Indian journal of veterinary science and animal husbandry - Volumes 15-17, 1948-1951
Year: 1948
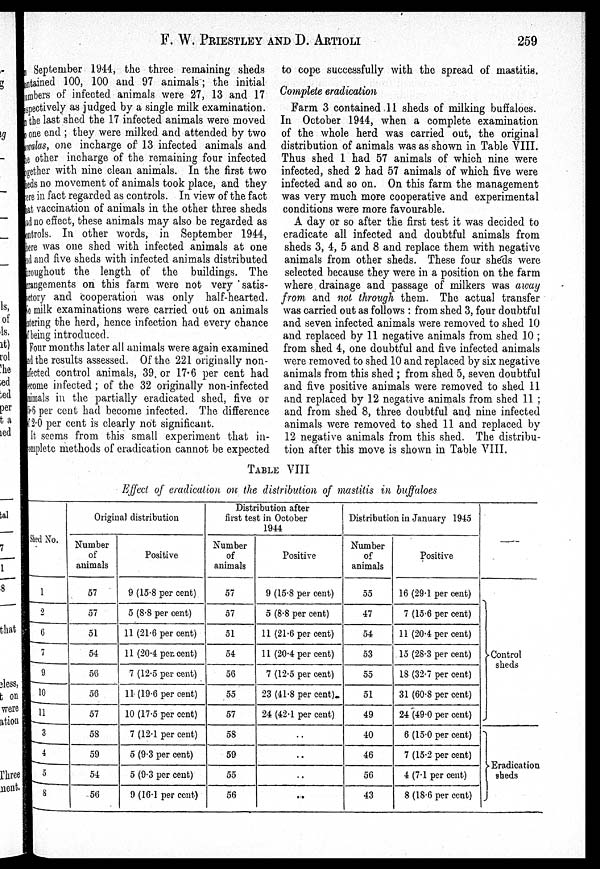
F. W.
PRIESTLEY
AND
D.
ARTIOLI
259
September 1944, the three remaining sheds
ontained 100, 100 and 97 animals; the initial
umbers of infected animals were 27, 13 and 17
espectively as judged by a single milk examination.
the last shed the 17 infected animals were moved
one end; they were milked and attended by two
walas, one incharge of 13 infected animals and
he other incharge of the remaining four infected
ogether with nine clean animals. In the first two
heds no movement of animals took place, and they
ere in fact regarded as controls. In view of the fact
hat vaccination of animals in the other three sheds
ad no effect, these animals may also be regarded as
ontrols. In other words, in September 1944,
here was one shed with infected animals at one
nd and five sheds with infected animals distributed
hroughout the length of the buildings. The
rrangements on this farm were not very satis-
actory and cooperation was only half-hearted.
No milk examinations were carried out on animals
ntering the herd, hence infection had every chance
i f being introduced.
Four months later all animals were again examined
ad the results assessed. Of the 221 originally non-
fected control animals, 39. or 17.6 per cent had
come infected; of the 32 originally non-infected
nimals in the partially eradicated shed, five or
5.6 per cent had become infected. The difference
12.0 per cent is clearly not significant.
It seems from this small experiment that in-
complete methods of eradication cannot be expected
to cope successfully with the spread of mastitis.
Complete eradication
Farm 3 contained 11 sheds of milking buffaloes.
In October 1944, when a complete examination
of the whole herd was carried out, the original
distribution of animals was as shown in Table VIII.
Thus shed 1 had 57 animals of which nine were
infected, shed 2 had 57 animals of which five were
infected and so on. On this farm the management
was very much more cooperative and experimental
conditions were more favourable.
A day or so after the first test it was decided to
eradicate all infected and doubtful animals from
sheds 3, 4, 5 and 8 and replace them with negative
animals from other sheds. These four sheds were
selected because they were in a position on the farm
where drainage and passage of milkers was away
from and not through them. The actual transfer
was carried out as follows: from shed 3, four doubtful
and seven infected animals were removed to shed 10
and replaced by 11 negative animals from shed 10;
from shed 4, one doubtful and five infected animals
were removed to shed 10 and replaced by six negative
animals from this shed; from shed 5, seven doubtful
and five positive animals were removed to shed 11
and replaced by 12 negative animals from shed 11;
and from shed 8, three doubtful and nine infected
animals were removed to shed 11 and replaced by
12 negative animals from this shed. The distribu-
tion after this move is shown in Table VIII.
TABLE VIII
Effect of eradication on the distribution of mastitis in buffaloes
Shed No.
1
2
6
7
9
10
11
3
4
5
8
Original distribution
Number
of
animals
57
57
51
54
56
56
57
58
59
54
56
Positive
9 (15.8 per cent)
5 (8.8 per cent)
11 (21.6 per cent)
11 (20.4 per cent)
7 (12.5 per cent)
11 (19.6 per cent)
10 (17.5 per cent)
7 (12.1 per cent)
5 (9.3 per cent)
5 (9.3 per cent)
9 (16.1 per cent)
Distribution after
first test in October
1944
Number
of
animals
57
57
51
54
56
55
57
58
59
55
56
Positive
9 (15.8 per cent)
5 (8.8 per cent)
11 (21.6 per cent)
11 (20.4 per cent)
7 (12.5 per cent)
23 (41.8 per cent)
24 (42.1 per cent)
..
..
..
..
Distribution in January 1945
Number
of
animals
55
47
54
53
55
51
49
40
46
56
43
Positive
16 (29.1 per cent)
7 (15.6 per cent)
11 (20.4 per cent)
15 (28.3 per cent)
18 (32.7 per cent)
31 (60.8 per cent)
24 (49.0 per cent)
6 (15.0 per cent)
7 (15.2 per cent)
4 (7.1 per cent)
8 (18.6 per cent)
—
Control
sheds
Eradication
sheds